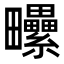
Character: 𤴈